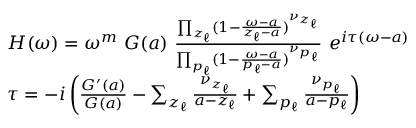
\begin{array} { r } { \begin{array} { r l } & { H ( \omega ) = \omega ^ { m } ~ G ( a ) ~ \frac { \prod _ { z _ { \ell } } ( 1 - \frac { \omega - a } { z _ { \ell } - a } ) ^ { \nu _ { z _ { \ell } } } } { \prod _ { p _ { \ell } } ( 1 - \frac { \omega - a } { p _ { \ell } - a } ) ^ { \nu _ { p _ { \ell } } } } ~ e ^ { i \tau ( \omega - a ) } } \\ & { \tau = - i \left( \frac { G ^ { \prime } ( a ) } { G ( a ) } - \sum _ { z _ { \ell } } \frac { \nu _ { z _ { \ell } } } { a - z _ { \ell } } + \sum _ { p _ { \ell } } \frac { \nu _ { p _ { \ell } } } { a - p _ { \ell } } \right) } \end{array} } \end{array}